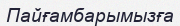
Пайғамбарымызға